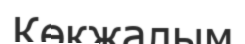
Көкжалым